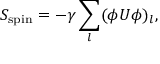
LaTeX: S _ { \mathrm { s p i n } } = - \gamma \sum _ { l } ( \phi U \phi ) _ { l } ,